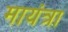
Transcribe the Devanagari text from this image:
मायंत्रा